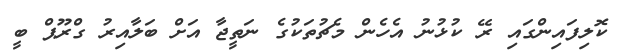
ކޮލިފައިންގައި ރޭ ކުޅުނު އެހެން މެޗުތަކުގެ ނަތީޖާ އަށް ބަލާއިރު ގްރޫޕް ބީ